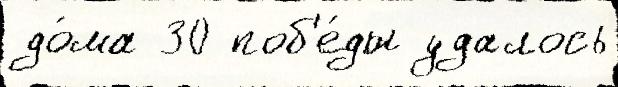
до́ма 30 поб'е́ды удалось